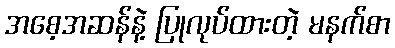
အစေ့အဆန်နဲ့ ပြုလုပ်ထားတဲ့ မနက်စာ